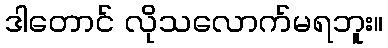
ဒါတောင် လိုသလောက်မရဘူး။